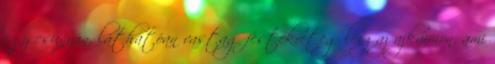
egy csúnyán, láthatóan vastag festékréteg lesz az ajkaimon, ami